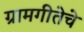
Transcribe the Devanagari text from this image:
ग्रामगीतेचे